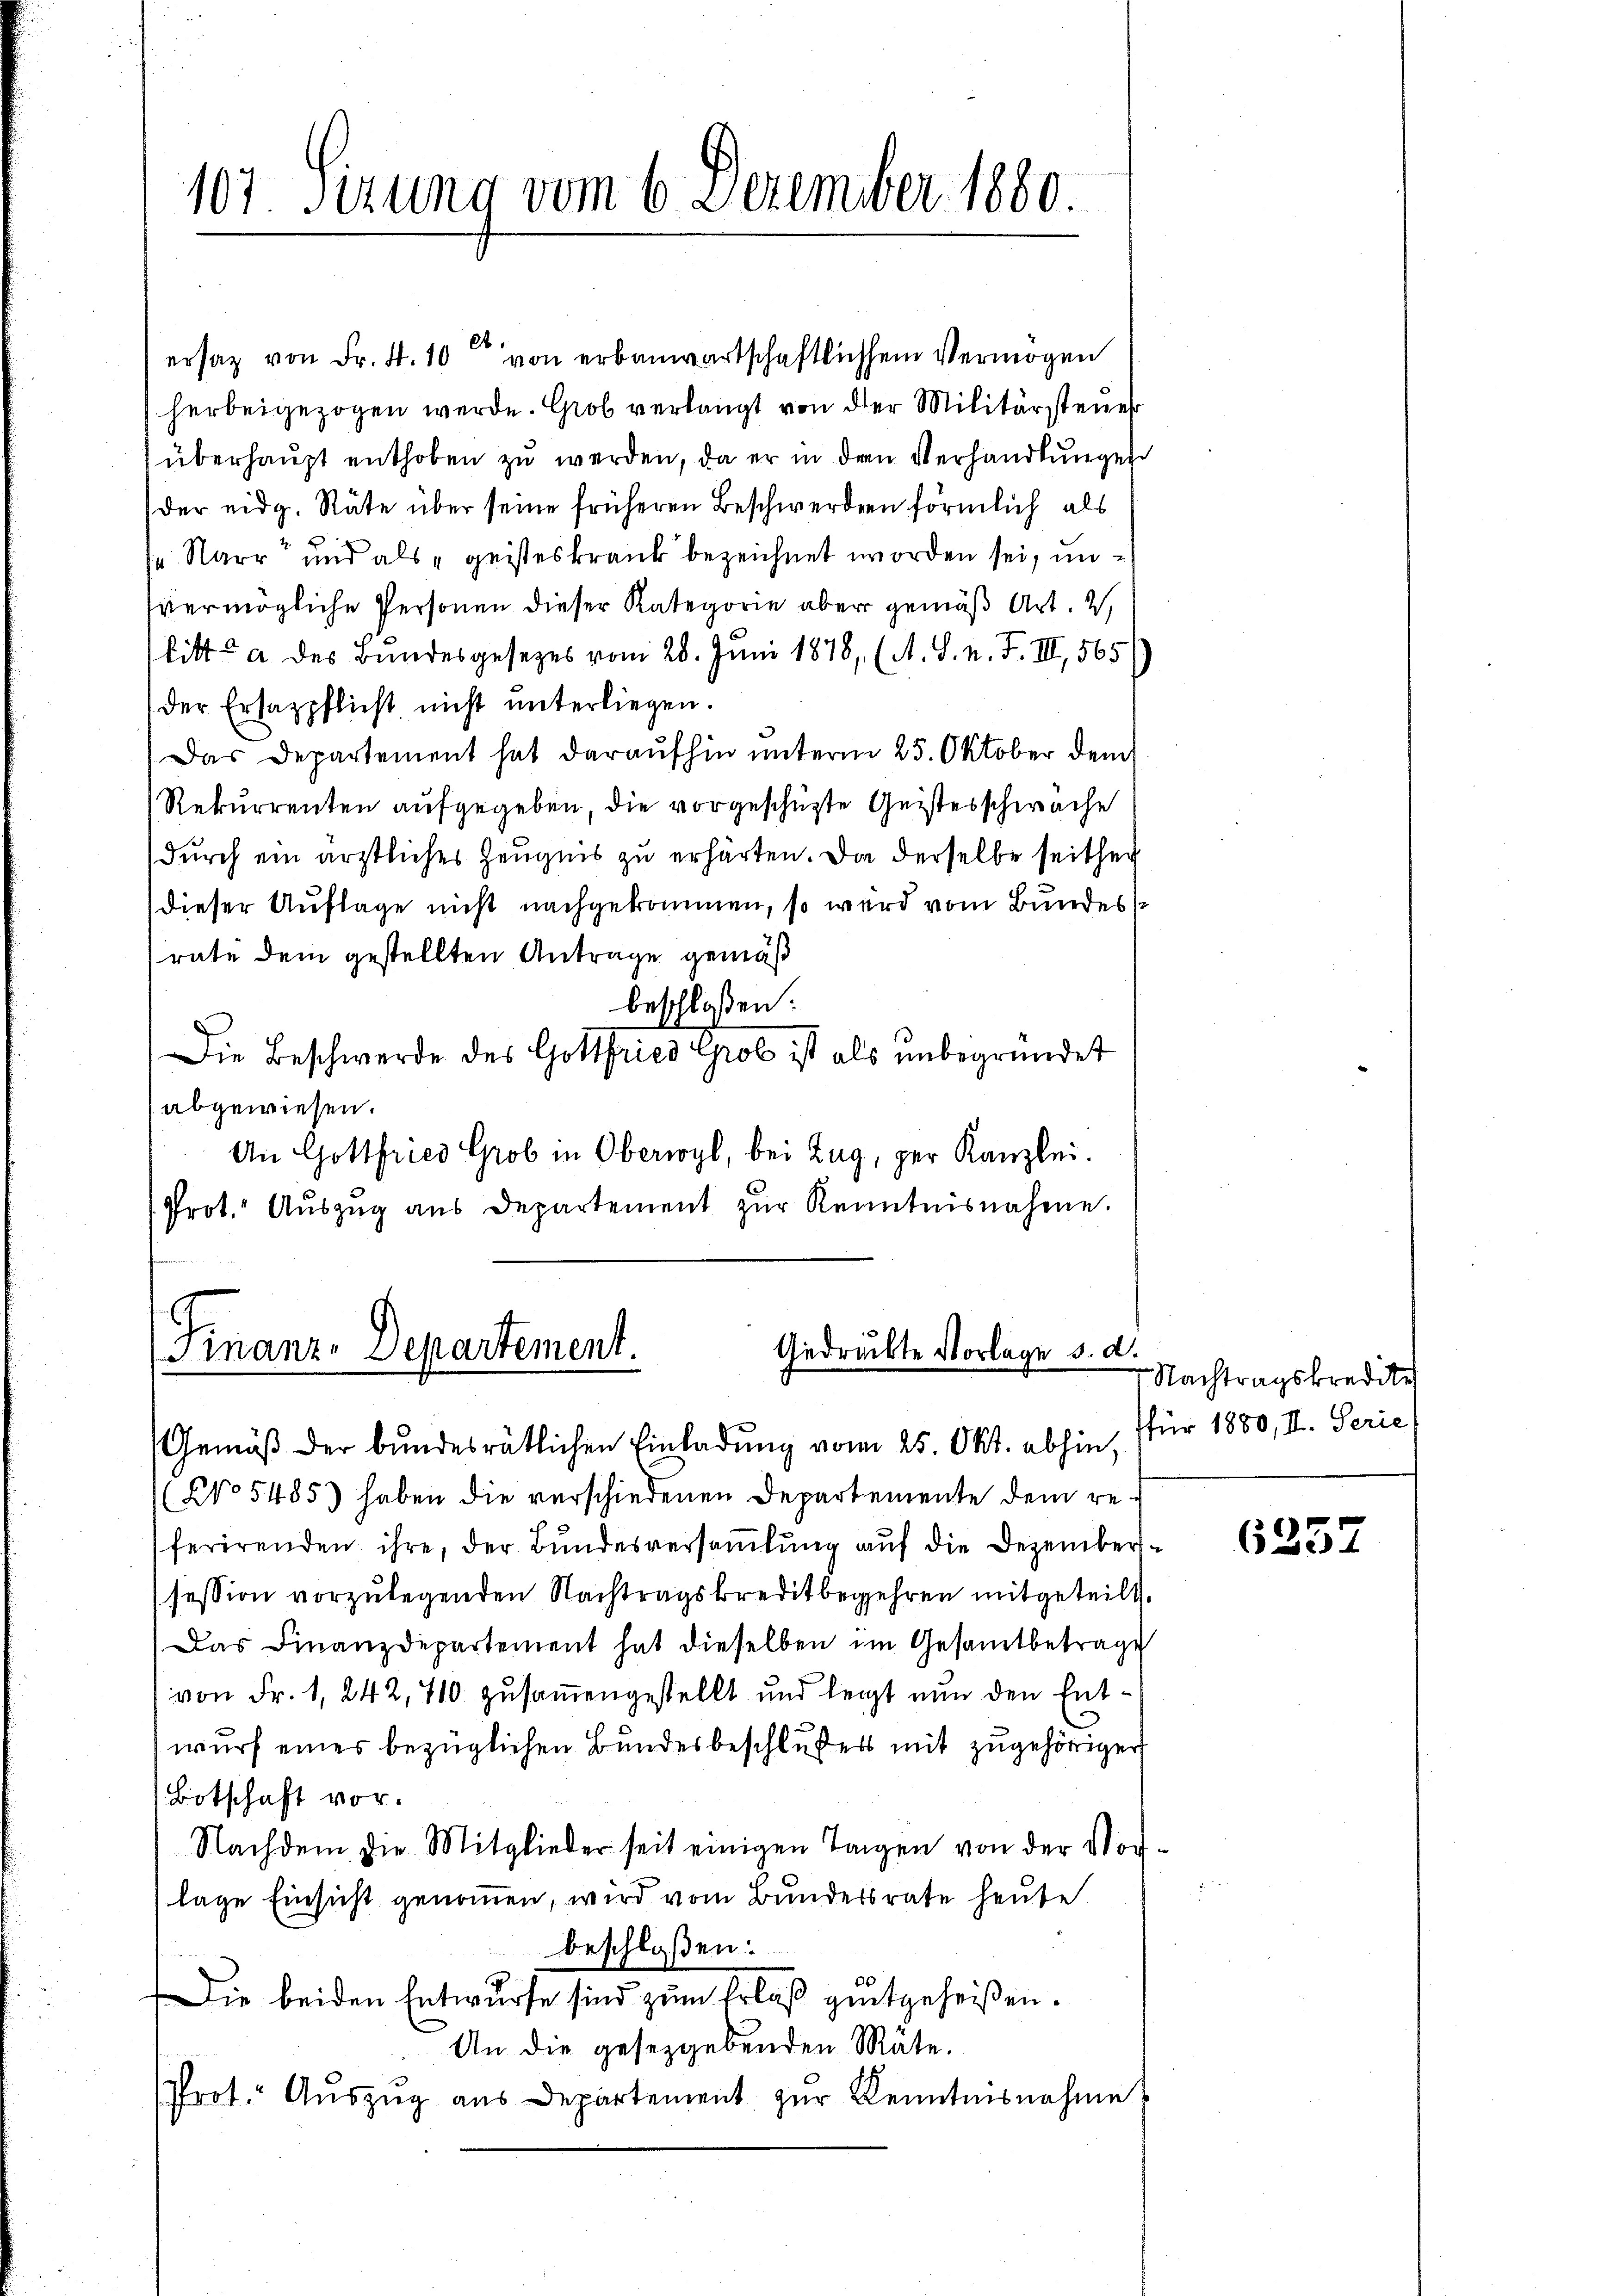
Finanz-Departement.
Gedruckte Vorlage d. d.

107 Sizung vom 6. Dezember 1880.

ersatz von Fr. 4. 10 von erbauwartschaftlichem Vermögen
herbeigezogen werde. Grob verlangt von der Militärsteuer
überhaupt enthoben zu werden, da er in den Verhandlungen
der eidg. Räte über seine früheren Beschwerden förmlich als
 Narr und als „geisteskrank bezeichnet worden sei, in e
vermögliche Personen dieser Kategorie aber gemäß Art. 2,
titt a des Bundesgesezes vom 28. Juni 1878, (A. S. n. F. III, 565
(der Ersatzpflicht nicht unterliegen.
Das Departement hat daraufhin unterm 25. Oktober dem
Rekurrenten aufgegeben, die vorgeschüzte Geistesschwache
durch ein ärztliches Zeugnis zu erhärten. Da derselbe seither
dieser Auflage nicht nachgekommen, so wird vom Bundes
rate dem gestellten Anträge gemäß
beschloßen:
Die Beschwerde des Gottfried Grob ist als unbegründet
abgewiesen.
An Gottfried Grob in Oberwyl, bei Zug, der Kanzlei.
Prot. Auszug aus Departement zur Kenntnisnahme.

(No 5485) haben die verschiedenen Departemente dem referirenden ihre, der Bundesversamlung auf die Dezembersession vorzulegenden Nachtragskreditbegehren mitgeteilt.
Das Finanzdepartement hat dieselben im Gesamtbetrage
von Fr. 1, 242, 410 zusammengestellt und legt nun den Entwurf eines bezüglichen Bundesbeschlußes mit zugehöriger
Botschaft vor.
Nachdem die Mitglieder seit einigen Tagen von der Vorlage Einsicht genommen, wird vom Bundersrate heute
beschloßen:
Die beiden Entwurfe sind zum Erlaß gutgeheißen.
An die gesetzgebenden Mäte.
Prot. Auszug aus Departement zur Kenntnisnahme

Gemäß der bundesrätlichen Einladung vom 25. Okt. abhin,

Nachtragskredite
ffür 1880, II. Serie,

6237